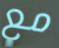
مع